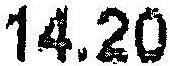
14.20